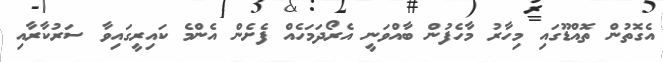
އެގޮތުން ތޮއްޑޫގައި މިހާރު މާހެފުން ބާއްވަނީ އެރޯދަމަހެއް ފެށެން އެންމެ ކައިރީގައިވާ ސަރުކާރާއި